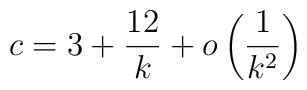
c = 3 + \frac{12}{k} + o\left( \frac{1}{k^2}\right)